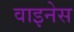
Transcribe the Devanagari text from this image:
वाइनेस